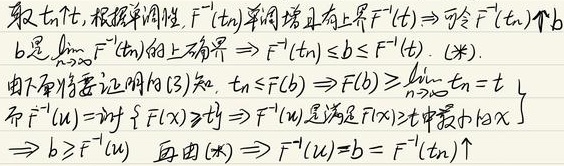
取\(\{ t_{n}\}\)，根据单调性，\(F^{-1}(t_{n})\)单调增且有上界\(F^{-1}(t)\)，因此可令\(F^{-1}(t_{n})\uparrow b\)。\(b\)是\(\lim\limits_{n \to \infty}F^{-1}(t_{n})\)的上确界，所以\(F^{-1}(t_{n})\leq b\leq F^{-1}(t)\)。(\*)

由下面将要证明的(3)知，\(t_{n}\leq F(b)\)，进而可得\(F(b)\geq \lim\limits_{n \to \infty}t_{n}=t \downarrow\)。

而\(F^{-1}(u)=\inf\{ x\mid F(x)\geq t\}\)，这意味着\(F^{-1}(u)\)是满足\(F(x)\geq t\)中最小的\(x\)，所以\(b\geq F^{-1}(u)\)。再由(\*)可得\(F^{-1}(u)=b = F^{-1}(t_{n})\uparrow\)。